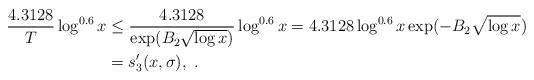
LaTeX: \begin{align*}\frac{4.3128}{T}\log^{0.6}x &\le \frac{4.3128}{\exp(B_2\sqrt{\log x})}\log^{0.6}x = 4.3128\log^{0.6}x\exp(-B_2\sqrt{\log x})\\&= s_3'(x, \sigma),\ .\end{align*}